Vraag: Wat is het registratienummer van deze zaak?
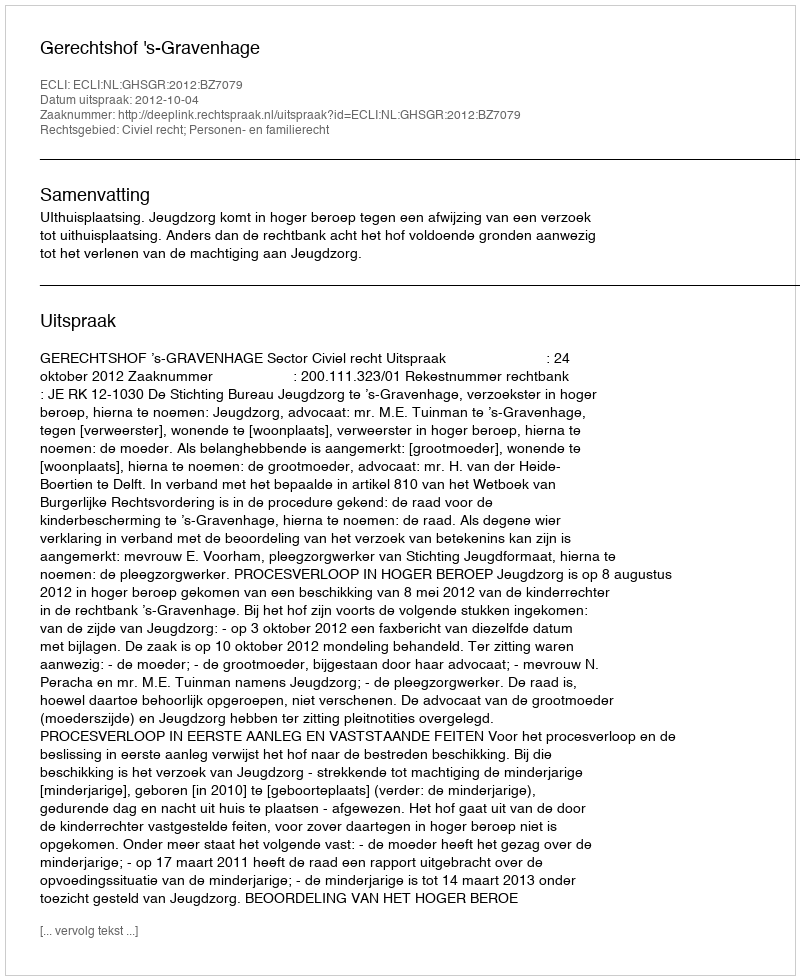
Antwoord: http://deeplink.rechtspraak.nl/uitspraak?id=ECLI:NL:GHSGR:2012:BZ7079